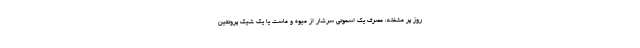
روز پر مشغله، مصرف یک اسموتی سرشار از میوه و ماست یا یک شیک پروتئین